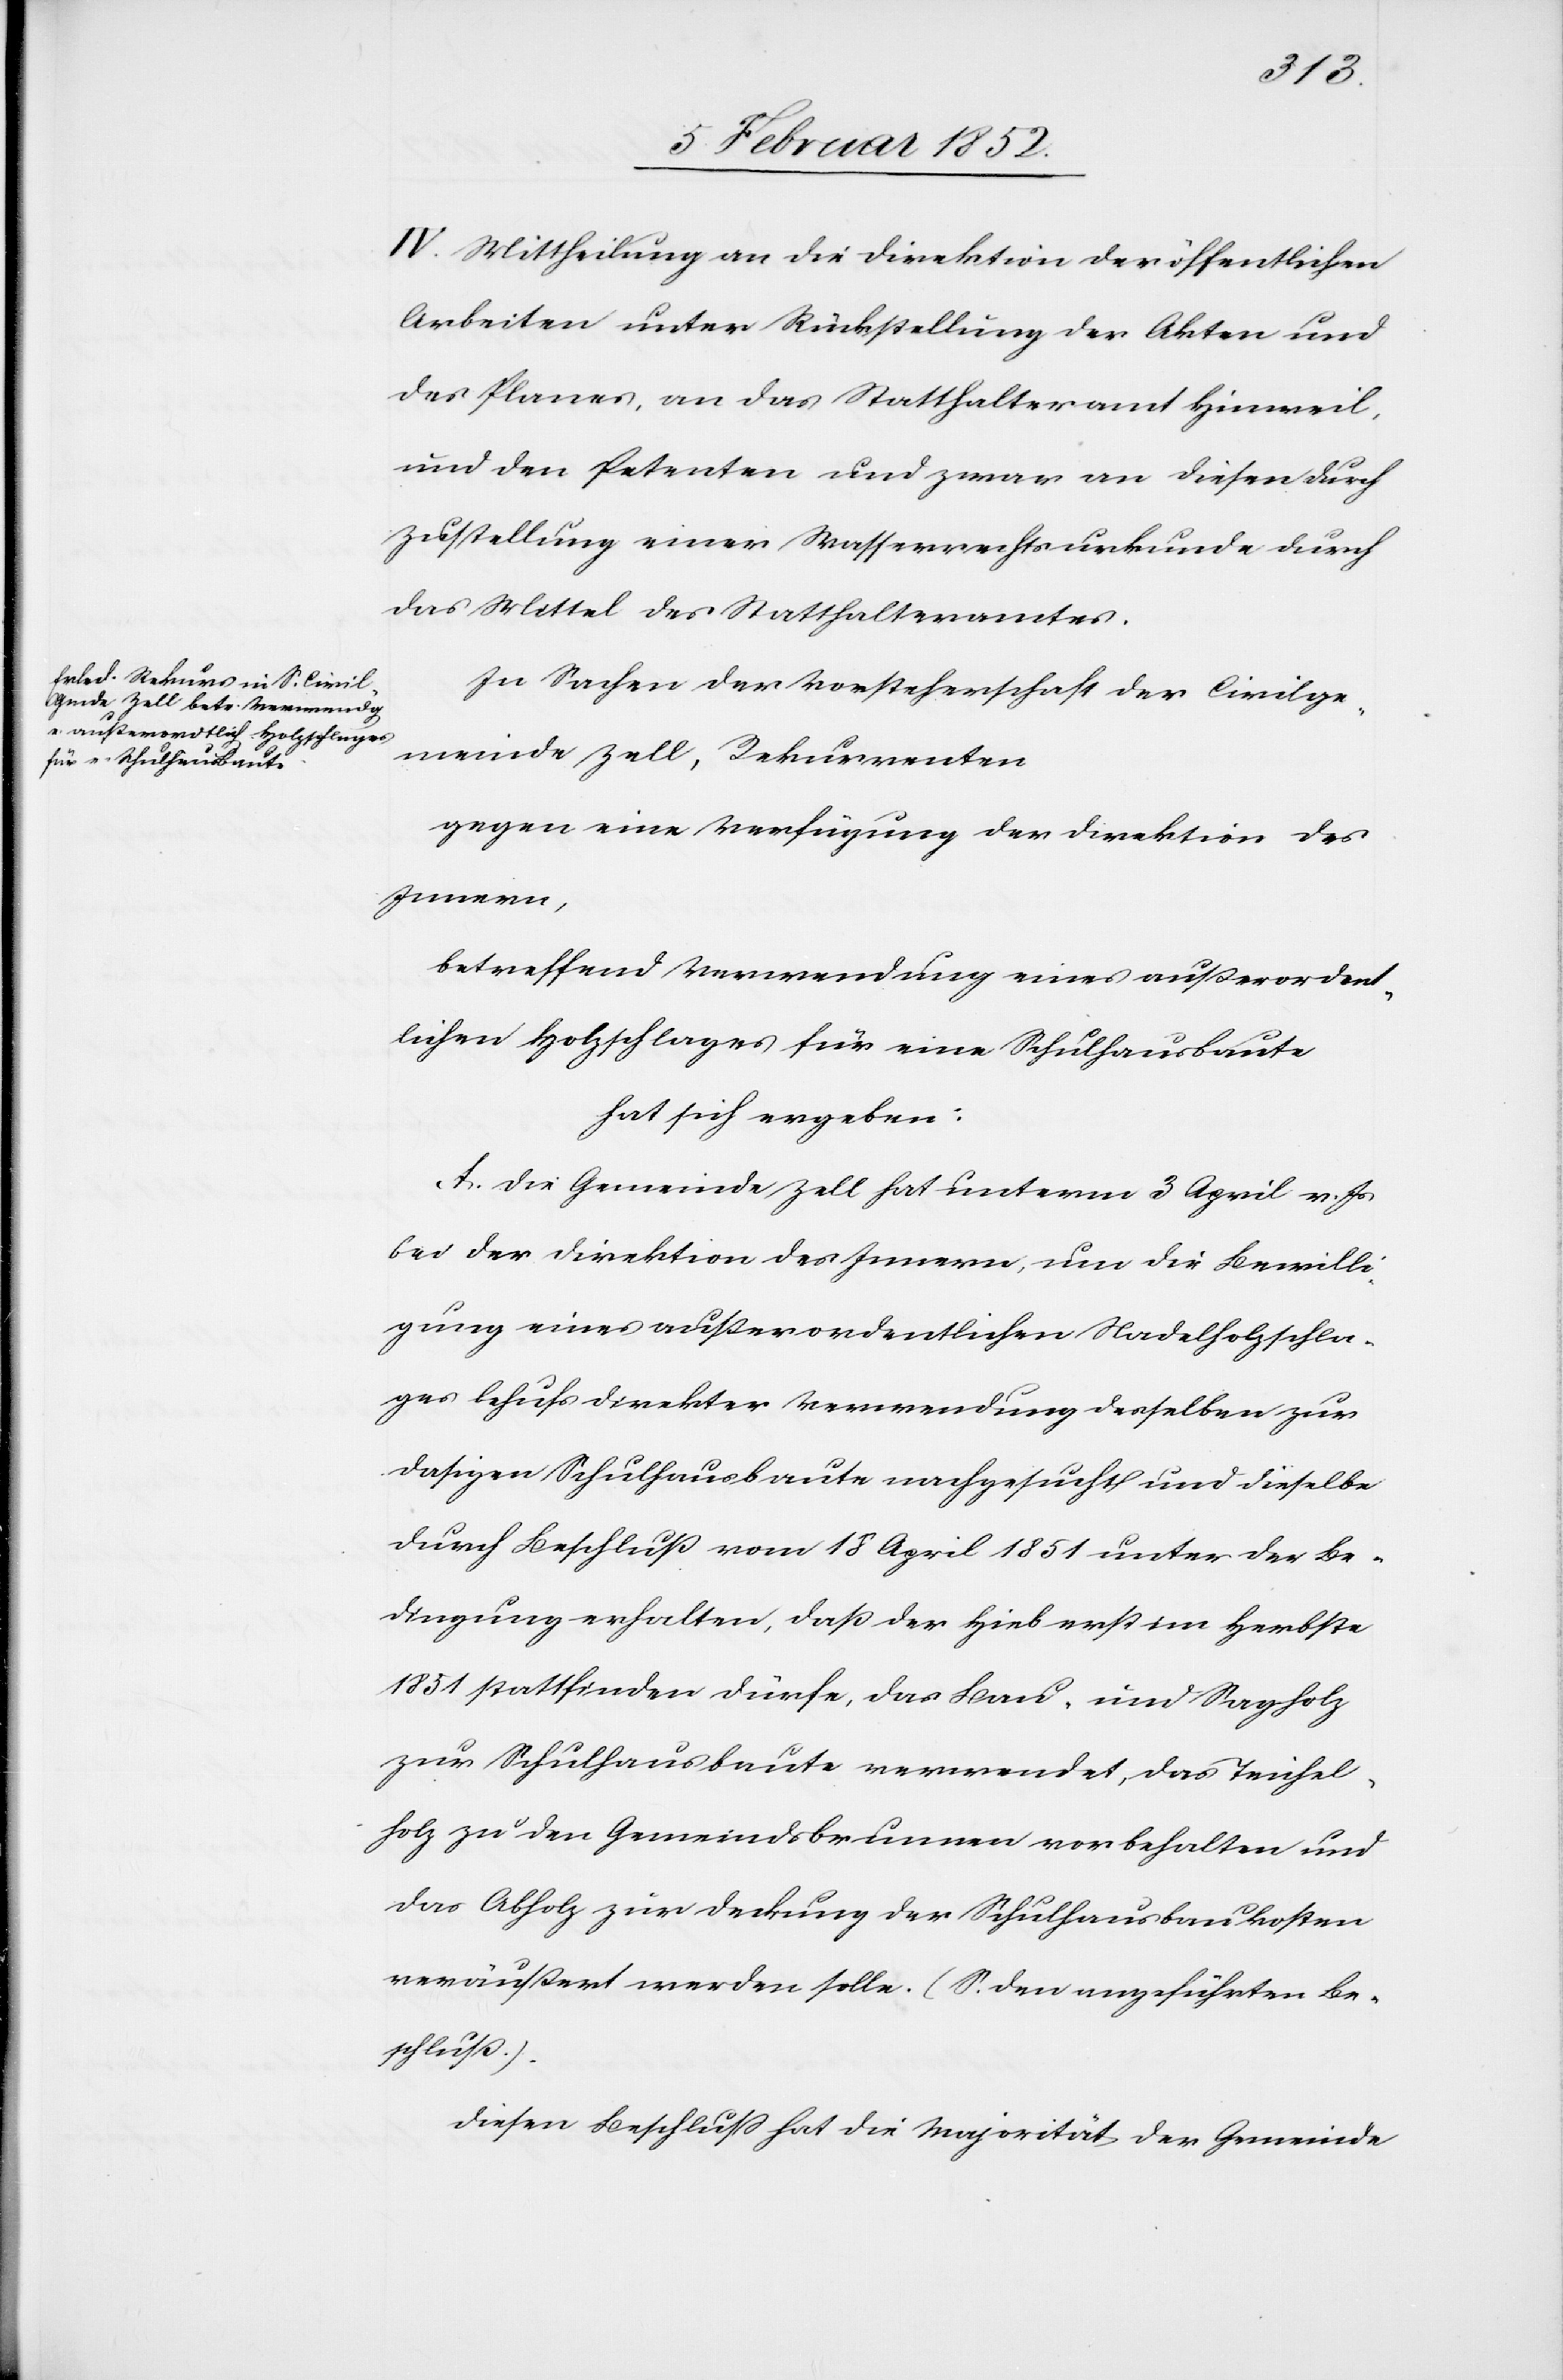
IV. Mittheilung an die Direktion der öffentlichen
Arbeiten unter Rückstellung der Akten und
des Planes, an das Statthalteramt Hinweil,
und den Petenten und zwar an diesen durch
Zustellung einer Wasserrechtsurkunde durch
das Mittel des Statthalteramtes.
In Sachen der Vorsteherschaft der Civilge¬
meinde Zell, Rekurrenten
gegen eine Verfügung der Direktion des
Innern,
betreffend Verwendung eines außerordent¬
lichen Holzschlages für eine Schulhausbaute
hat sich ergeben:
A. Die Gemeinde Zell hat unterm 3 April v. Js
bei der Direktion des Innern, um die Bewilli¬
gung eines außerordentlichen Nadelholzschla¬
ges behufs direkter Verwendung desselben zur
dasigen Schulhausbaute nachgesucht und dieselbe
durch Beschluß vom 18 April 1851 unter der Be¬
dingung erhalten, daß der Hieb erst im Herbste
1851 stattfinden dürfe, das Bau- und Sagholz
zur Schulhausbaute verwendet, das Teichel¬
holz zu den Gemeindsbrunnen vorbehalten und
das Abholz zur Deckung der Schulhausbaukosten
veräußert werden solle. (S. den angeführten Be¬
schluß).
Diesen Beschluß hat die Majorität der Gemeinde